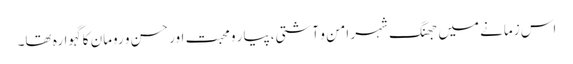
اس زمانے میں جھنگ شہر امن و آشتی،پیار و محبت اور حسن و رومان کا گہوارہ تھا۔